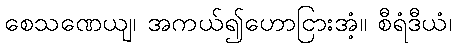
စေသဏေယျ၊ အကယ်၍ဟောငြားအံ့။ စီရံဒီယံ၊